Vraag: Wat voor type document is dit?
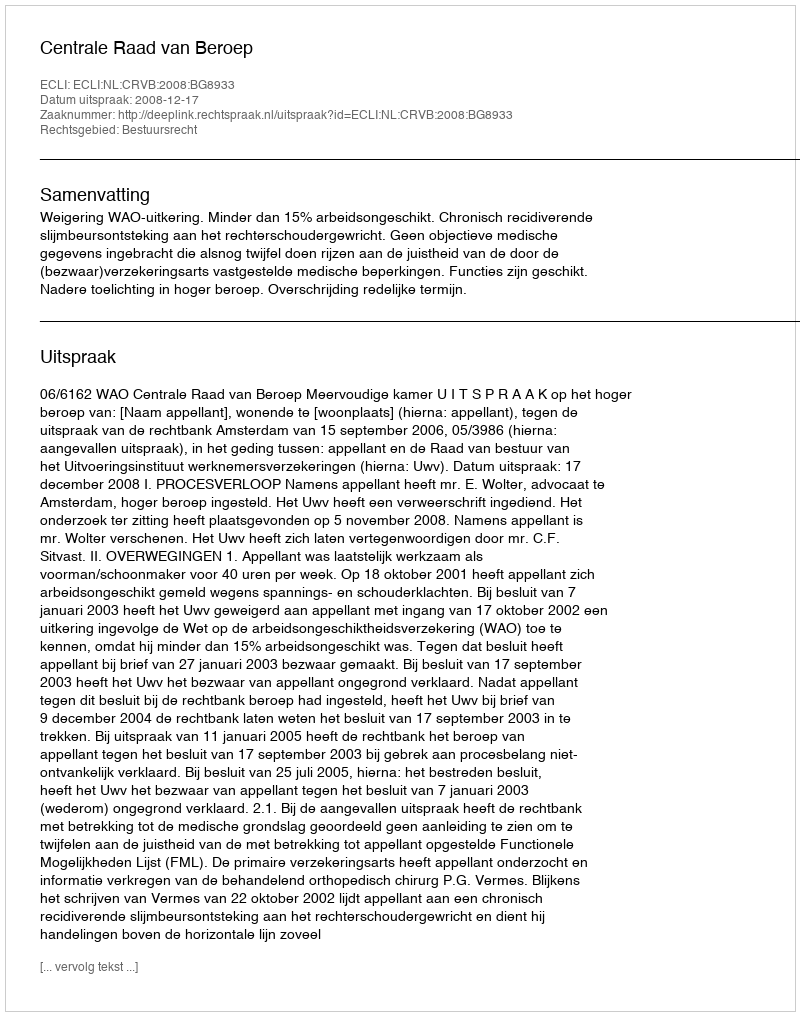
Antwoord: Uitspraak